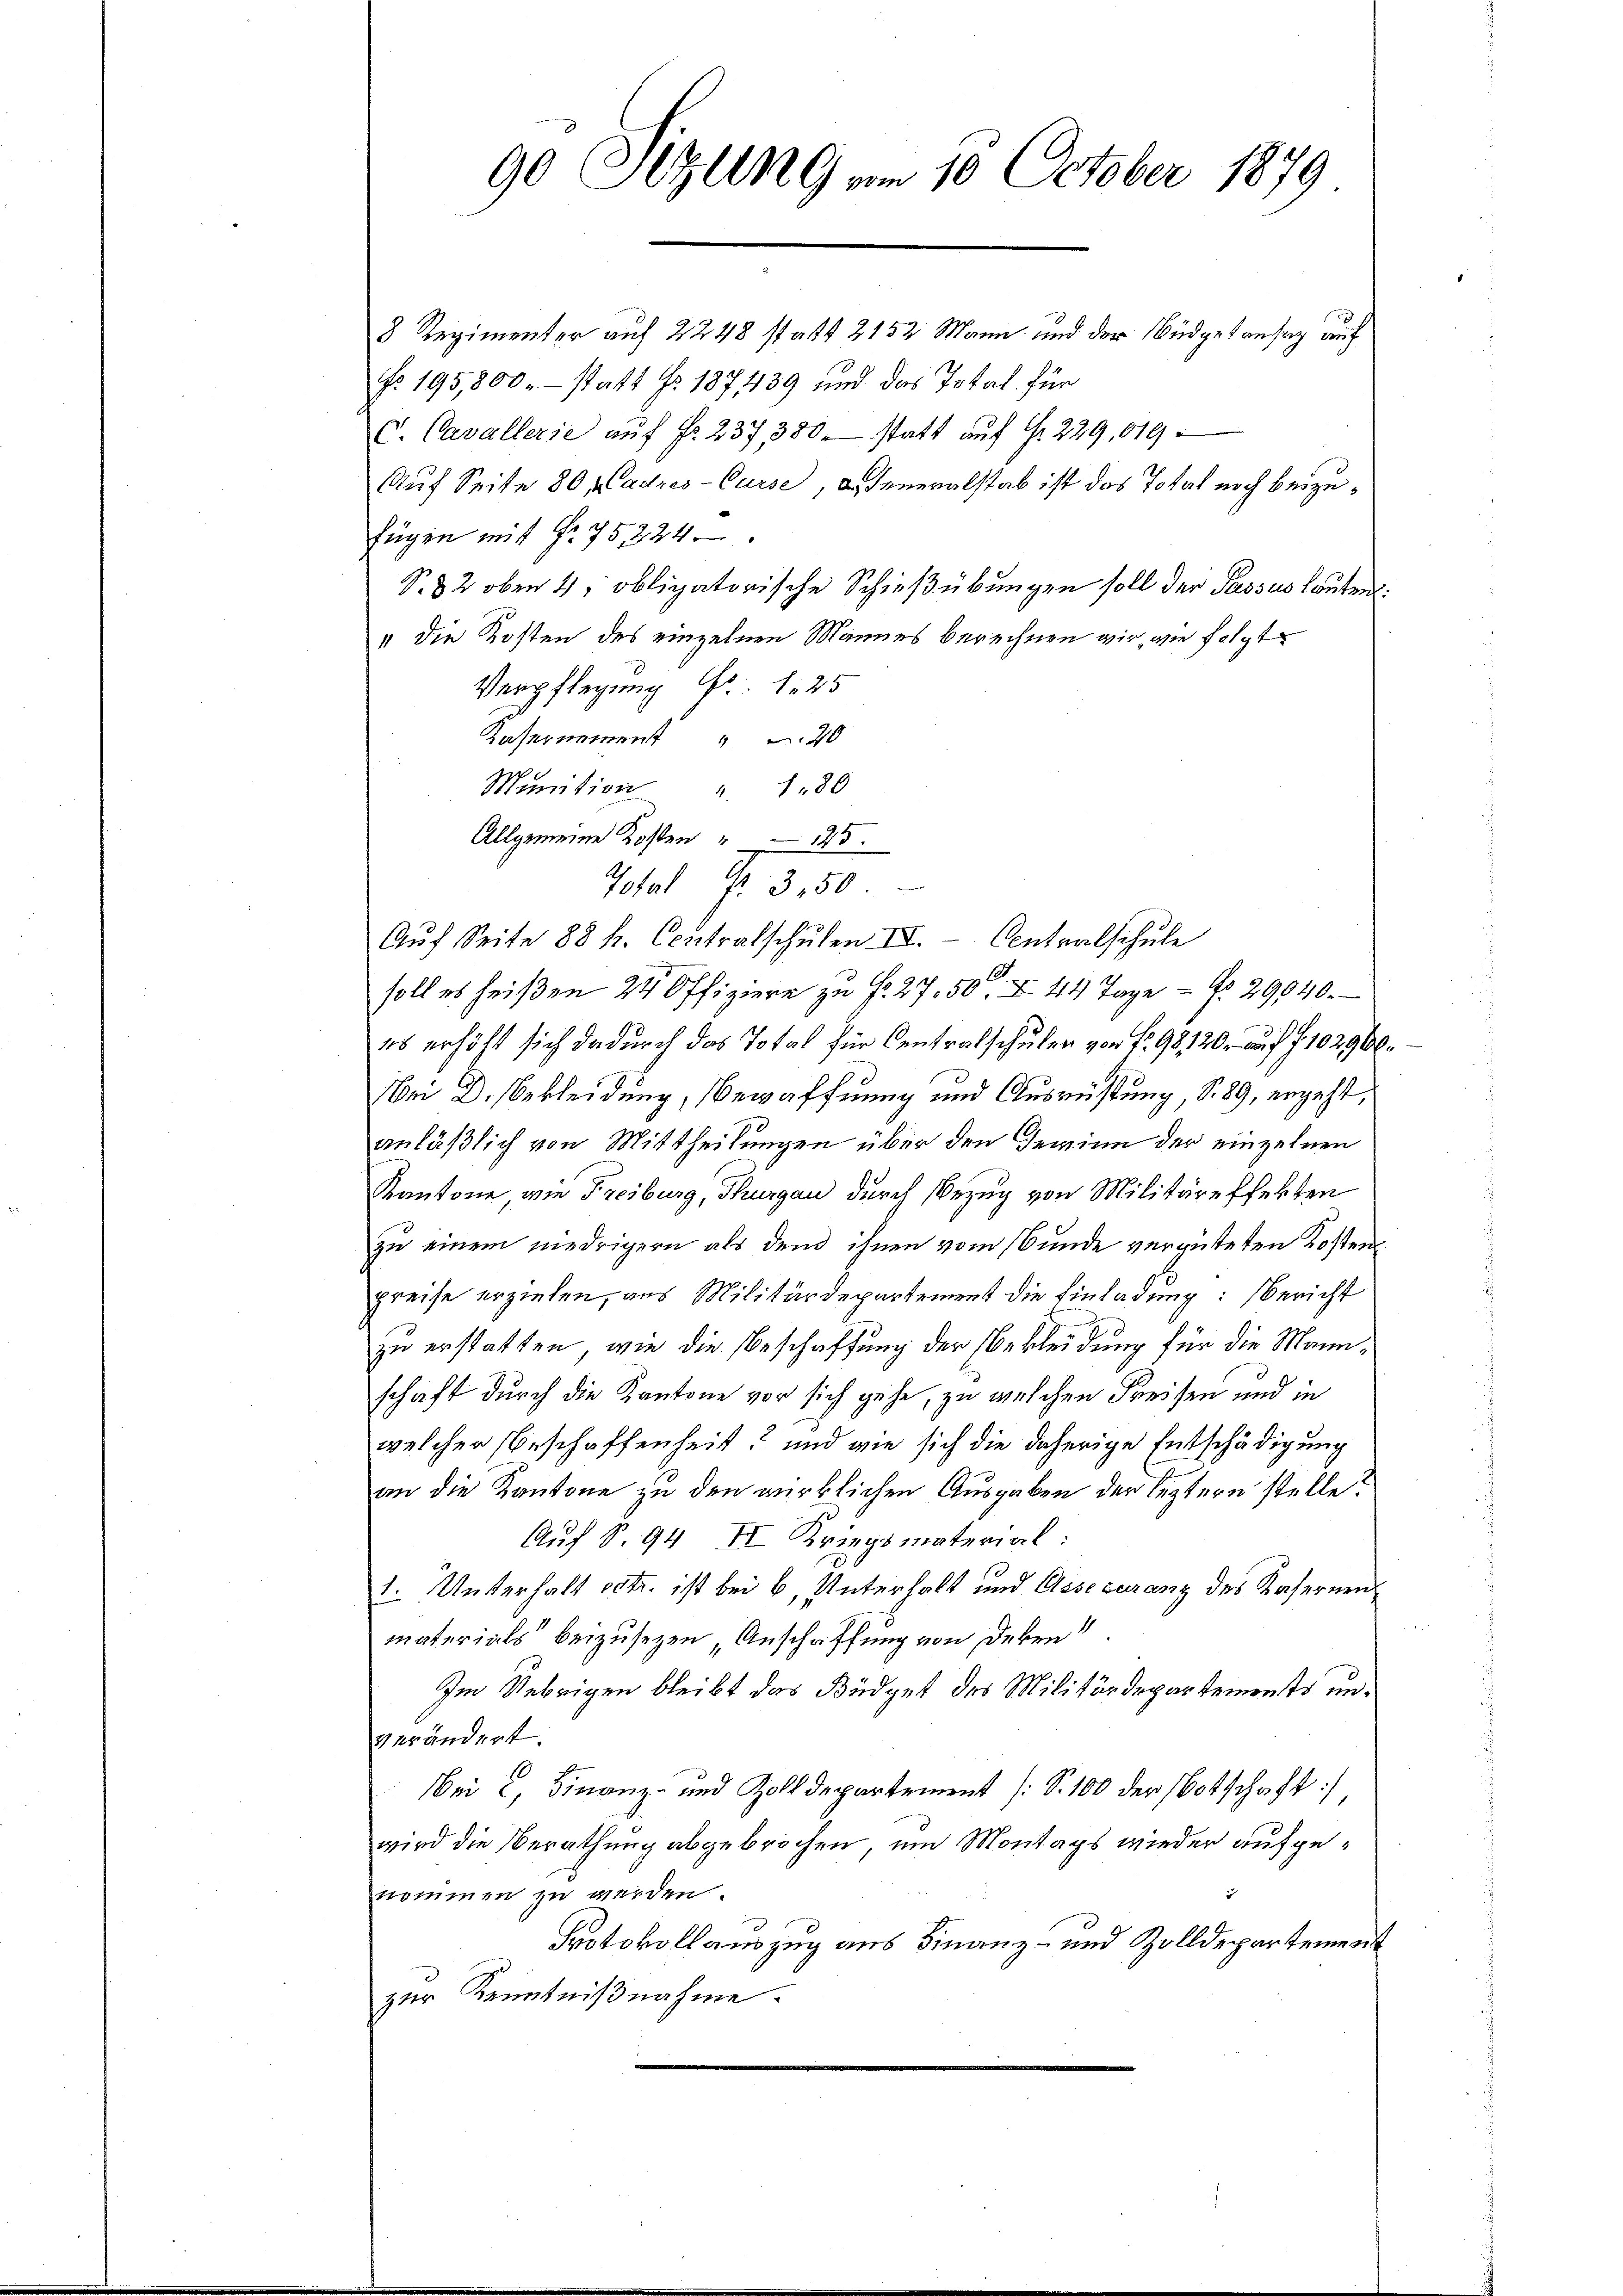
90 Sizung am 10. October 1879

8 Regimenter auf 2248 statt 2152 Mann und der Büdgetansag auf
No. 195,800 statt No. 187439 und das Total. für
C. Cavallerie aŭf Fr. 237, 380 statt auf § 229, 619
Auf Seite 80 padres-Curse, deneralstab ist das Total noch beizufügen mit Fr. 75224
S. 82 oben 4, obligatorische Schießübungen soll der Passus lauten:
I die Kosten des einzelnen Mannes berechnen wir, wie folgt
Verpflegung Fr. 1. 25
Kasernement 20
Munition " 180
Allgemeine Kosten " 125.
Hotel Nr. 350.
Aŭf Seite 88 f. Contralschŭlen III. Antralschule
E
soll es heißen 24 Offiziere zŭ Fr. 27.50. N. 44 Tage - N. 29040.
es erhöht sich dadurch das Total für Centralschulen von Fr. 98120. auf f. 102900.
Nei D. Bekleidung, Bewaffnung und Ausrüstung S. 89, ergeht,
anläßlich von Mittheilungen über den Gewinn der einzelnen
Kantone, wie Freiburg, Thurgau durch Bezug von Militäreffekten
zu einem niedrigern als dem ihnen vom Bunde vergüteten Kosten
preise erziehen, aus Militärdepartement die Einladung: Bericht
zu erstatten, wie die Beschaffung der Bekleidung für die Mannschaft durch die Kantone vor sich gehe, zu welchen Preisen und in
welcher Beschaffenheit? und wie sich die daherige Entschädigung
an die Kantone zu den wirklichen Ausgaben der leztern stelle?
Auf S. 94 II Kriegsmaterial:
1. Unterhalt estr. ist bei 6, Unterhalt und Assecuranz des Kasernen
materials beizusezen Anschaffung von Dekre
Im Uebrigen bleibt das Büdget des Militärdepartements unverändert.
Bei C. Finanz- und Zolldepartement (S. 100 der Botschaft
wird die Berathung abgebrochen, um Montags wieder aufgenommen zu werden.
Protokollauszug aus Finanz- und Zolldepartement
zur Kenntnißnahme.

n